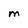
Character: M